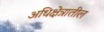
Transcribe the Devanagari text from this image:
अधिक्षेत्रातील